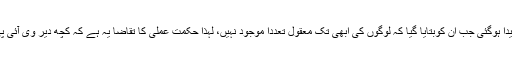
جنرل صاحب کیلئے مایوس کن صورتحال پیدا ہوگئی جب ان کوبتایا گیا کہ لوگوں کی ابھی تک معقول تعددا موجود نہیں، لہٰذا حکمت عملی کا تقاضا یہ ہے کہ کچھ دیر وی آئی پی لاؤنج (پرانے ٹرمینل پر) انتظار کیاجائے۔